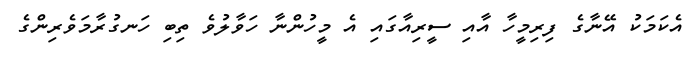
އެކަމަކު އޭނާގެ ފިރިމީހާ އާއި ސީރިއާގައި އެ މީހުންނާ ހަވާލުވެ ތިބި ހަނގުރާމަވެރިންގެ